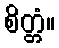
စိတ္တံ။